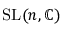
\operatorname { S L } ( n , \mathbb { C } )